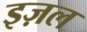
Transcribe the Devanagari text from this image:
इज़ल